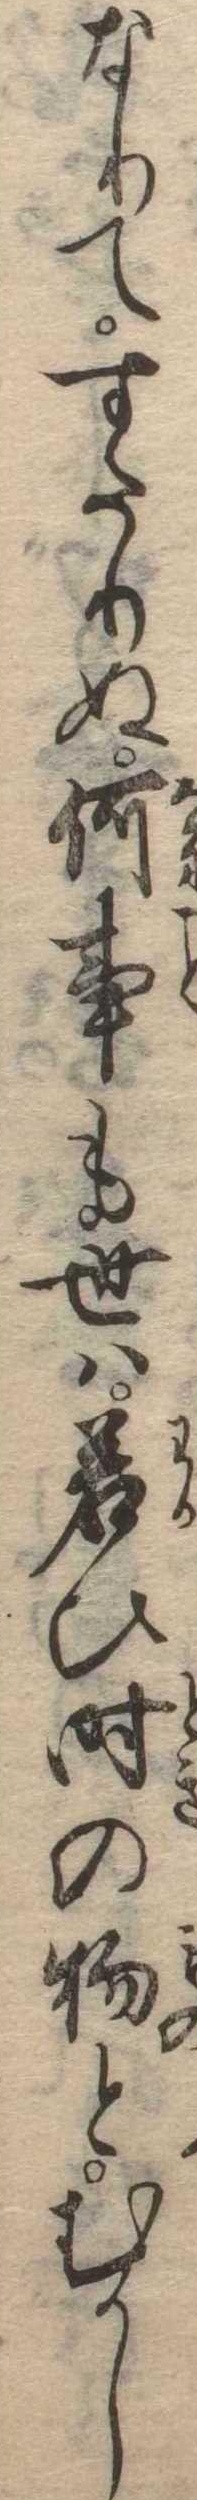
なりてすたりぬ何事も世は若ひ時の物とむかし